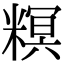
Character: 𥻩